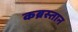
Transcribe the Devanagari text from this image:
कब्रस्‍तान